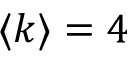
\langle k \rangle = 4